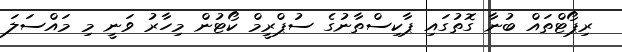
ރިޕޯޓްތައް ބުނާ ގޮތުގައި ޕާކިސްތާނުގެ ސުޕްރީމް ކޯޓުން މިހާރު ވަނީ މި މައްސަލަ